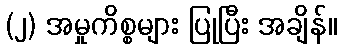
(၂) အမှုကိစ္စများ ပြုပြီး အချိန်။